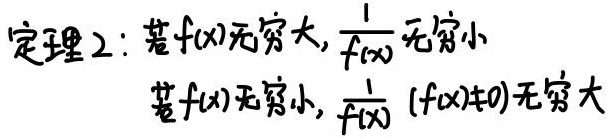
定理2：若\(f(x)\)无穷大，则\(\frac{1}{f(x)}\)无穷小；若\(f(x)\)无穷小，且\(f(x)\neq0\)，则\(\frac{1}{f(x)}\)无穷大。